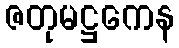
ဇတုမဋ္ဌကေန